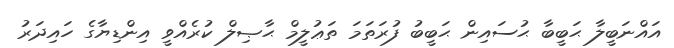
އައްނަބީލާ ޙަބީބާ ޙުސައިން ޙަބީބު ފުރަތަމަ ތަޢުލީމް ޙާޞިލް ކުރެއްވީ އިންޑިޔާގެ ހައިދަރު